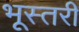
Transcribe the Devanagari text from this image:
भूस्तरी